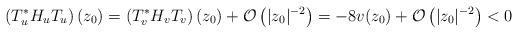
LaTeX: \begin{align*}\left(T_u^{*}H_u T_u\right) (z_0) = \left(T_v^{*}H_v T_v\right) (z_0) + \mathcal{O}\left(|z_0|^{-2}\right) = -8v(z_0) + \mathcal{O}\left(|z_0|^{-2}\right) < 0\end{align*}